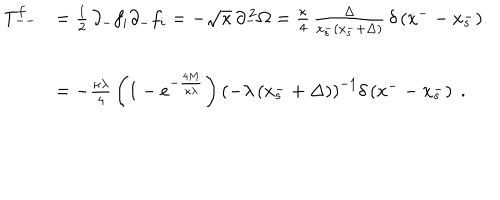
\begin{array} { c l } { { T _ { -- } ^ { f } } } & { { = { \frac { 1 } { 2 } } \, \partial _ { - } f _ { i } \partial _ { - } f _ { i } = - \sqrt { \kappa } \, \partial _ { - } ^ { \, 2 } \Omega = { \frac { \kappa } { 4 } } \, \frac { \Delta } { x _ { s } ^ { - } \left( x _ { s } ^ { - } + \Delta \right) } \, \delta \left( x ^ { -- } x _ { s } ^ { - } \right) } } \\ { { \ } } & { { = - { \frac { \kappa \lambda } { 4 } } \left( 1 - e ^ { - \frac { 4 M } { \kappa \lambda } } \right) { \left( - \lambda \left( x _ { s } ^ { - } + \Delta \right) \right) } ^ { - 1 } \delta \left( x ^ { -- } x _ { s } ^ { - } \right) \; . } } \\ \end{array}